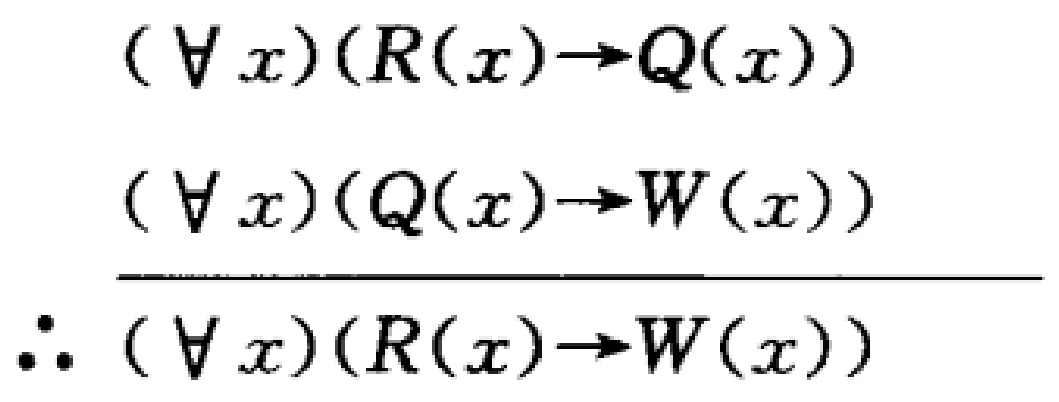
\[
\begin{align*}
&(\forall x)(R(x)\to Q(x))\\
&(\forall x)(Q(x)\to W(x))\\
\hline
&\therefore (\forall x)(R(x)\to W(x))
\end{align*}
\]